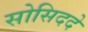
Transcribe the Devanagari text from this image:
सोसिददे